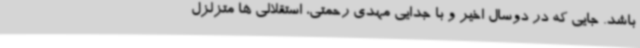
باشد. جایی که در دوسال اخیر و با جدایی مهدی رحمتی، استقلالی ها متزلزل